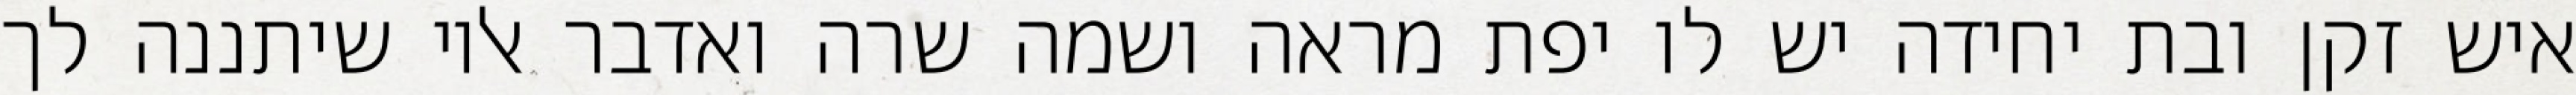
איש זקן ובת יחידה יש לו יפת מראה ושמה שרה ואדבר אליו שיתננה לך